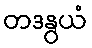
တဒနွယံ